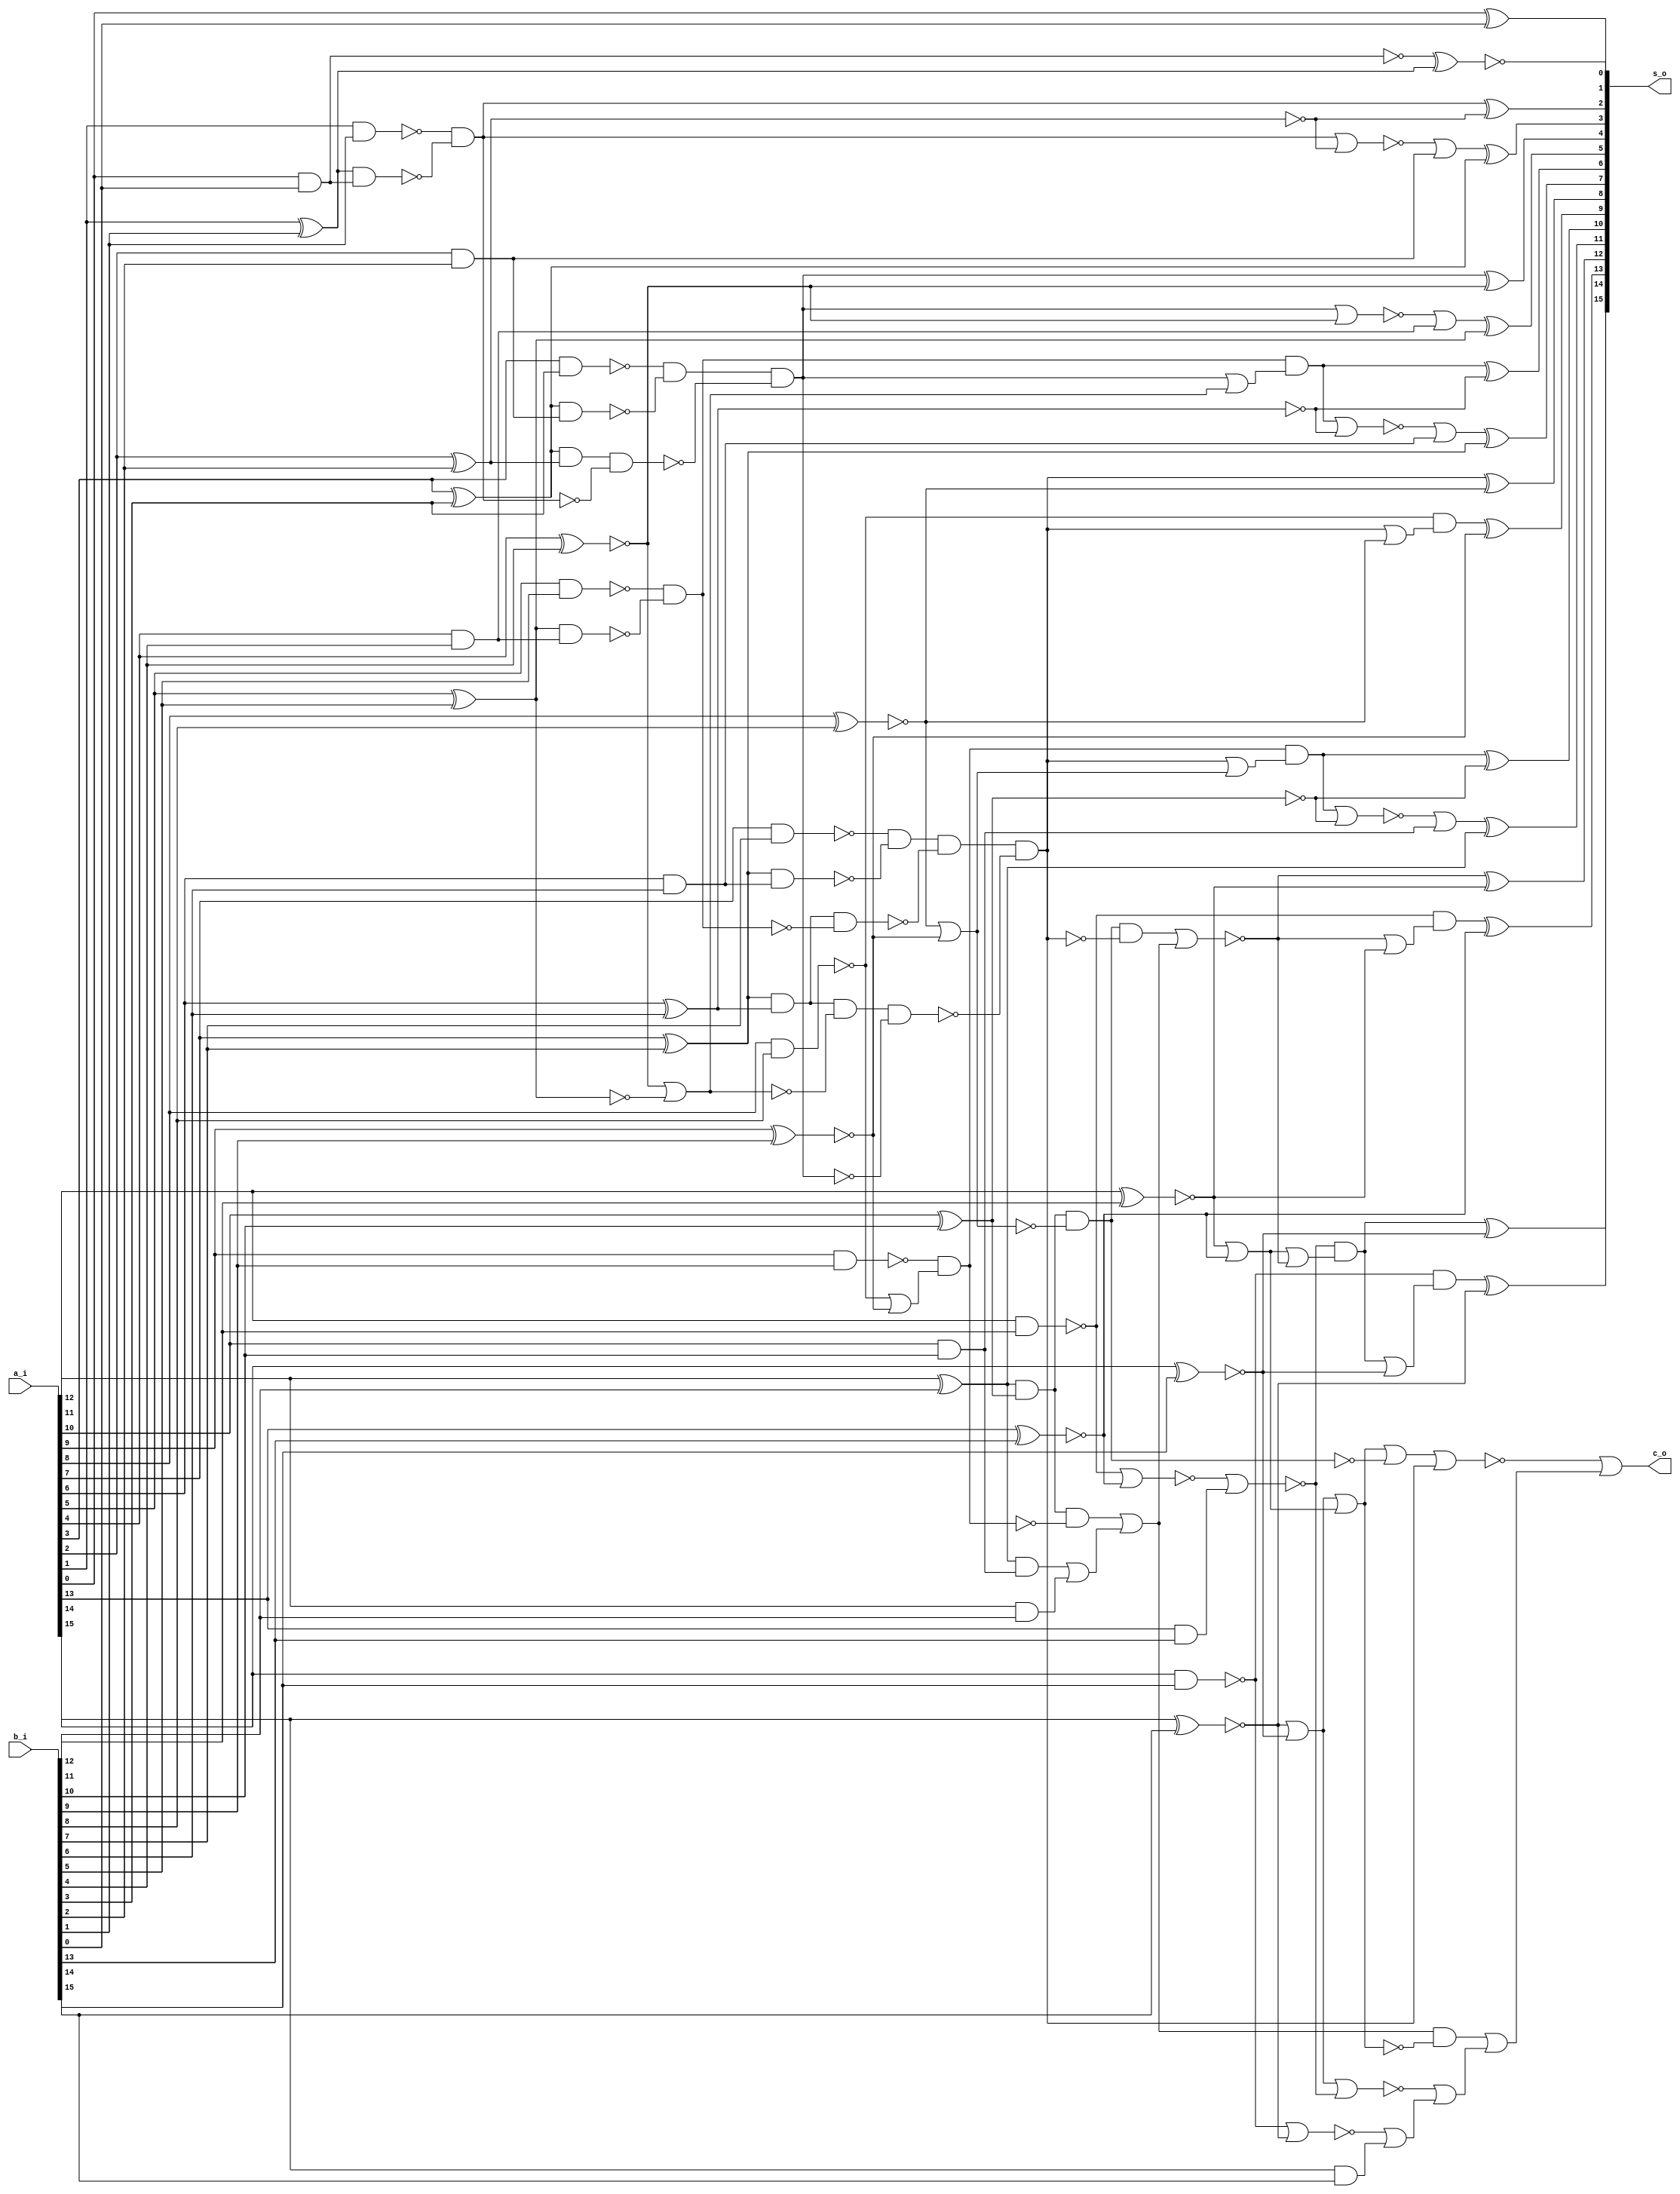
// This program was cloned from: https://github.com/chipsalliance/synlig
// License: Apache License 2.0

/* Generated by Yosys 0.27+9 (git sha1 101d19bb6, gcc 11.2.0-7ubuntu2 -fPIC -Os) */

(* top =  1  *)

module bsg_adder_ripple_carry(a_i, b_i, s_o, c_o);
  wire _000_;
  wire _001_;
  wire _002_;
  wire _003_;
  wire _004_;
  wire _005_;
  wire _006_;
  wire _007_;
  wire _008_;
  wire _009_;
  wire _010_;
  wire _011_;
  wire _012_;
  wire _013_;
  wire _014_;
  wire _015_;
  wire _016_;
  wire _017_;
  wire _018_;
  wire _019_;
  wire _020_;
  wire _021_;
  wire _022_;
  wire _023_;
  wire _024_;
  wire _025_;
  wire _026_;
  wire _027_;
  wire _028_;
  wire _029_;
  wire _030_;
  wire _031_;
  wire _032_;
  wire _033_;
  wire _034_;
  wire _035_;
  wire _036_;
  wire _037_;
  wire _038_;
  wire _039_;
  wire _040_;
  wire _041_;
  wire _042_;
  wire _043_;
  wire _044_;
  wire _045_;
  wire _046_;
  wire _047_;
  wire _048_;
  wire _049_;
  wire _050_;
  wire _051_;
  wire _052_;
  wire _053_;
  wire _054_;
  wire _055_;
  wire _056_;
  wire _057_;
  wire _058_;
  wire _059_;
  wire _060_;
  wire _061_;
  wire _062_;
  wire _063_;
  wire _064_;
  wire _065_;
  wire _066_;
  wire _067_;
  wire _068_;
  wire _069_;
  wire _070_;
  wire _071_;
  wire _072_;
  wire _073_;
  wire _074_;
  wire _075_;
  wire _076_;
  wire _077_;
  wire _078_;
  wire _079_;
  wire _080_;
  wire _081_;
  wire _082_;
  wire _083_;
  wire _084_;
  wire _085_;
  wire _086_;
  wire _087_;
  wire _088_;
  wire _089_;
  wire _090_;
  wire _091_;
  wire _092_;
  
  input [15:0] a_i;
  wire [15:0] a_i;
  
  input [15:0] b_i;
  wire [15:0] b_i;
  
  output c_o;
  wire c_o;
  
  output [15:0] s_o;
  wire [15:0] s_o;
  assign _043_ = ~(a_i[13] ^ b_i[13]);
  assign _044_ = ~(a_i[12] & b_i[12]);
  assign _045_ = ~(a_i[12] ^ b_i[12]);
  assign _046_ = a_i[11] & b_i[11];
  assign _047_ = a_i[11] ^ b_i[11];
  assign _048_ = ~(a_i[10] & b_i[10]);
  assign _049_ = _047_ & ~(_048_);
  assign _050_ = _049_ | _046_;
  assign _051_ = ~(a_i[10] ^ b_i[10]);
  assign _052_ = _047_ & ~(_051_);
  assign _053_ = ~(a_i[9] & b_i[9]);
  assign _054_ = ~(a_i[9] ^ b_i[9]);
  assign _055_ = ~(a_i[8] & b_i[8]);
  assign _056_ = ~(_055_ | _054_);
  assign _057_ = _053_ & ~(_056_);
  assign _058_ = _052_ & ~(_057_);
  assign _059_ = _058_ | _050_;
  assign _060_ = ~(a_i[8] ^ b_i[8]);
  assign _061_ = _060_ | _054_;
  assign _062_ = _052_ & ~(_061_);
  assign _063_ = ~(a_i[7] & b_i[7]);
  assign _064_ = a_i[7] ^ b_i[7];
  assign _065_ = ~(a_i[6] & b_i[6]);
  assign _066_ = _064_ & ~(_065_);
  assign _067_ = _063_ & ~(_066_);
  assign _068_ = ~(a_i[6] ^ b_i[6]);
  assign _069_ = _064_ & ~(_068_);
  assign _070_ = ~(a_i[5] & b_i[5]);
  assign _071_ = a_i[5] ^ b_i[5];
  assign _072_ = ~(a_i[4] & b_i[4]);
  assign _073_ = _071_ & ~(_072_);
  assign _074_ = _070_ & ~(_073_);
  assign _075_ = _069_ & ~(_074_);
  assign _076_ = _067_ & ~(_075_);
  assign _077_ = ~(a_i[4] ^ b_i[4]);
  assign _078_ = _077_ | ~(_071_);
  assign _079_ = _069_ & ~(_078_);
  assign _080_ = ~(a_i[3] & b_i[3]);
  assign _081_ = a_i[3] ^ b_i[3];
  assign _082_ = ~(a_i[2] & b_i[2]);
  assign _083_ = _081_ & ~(_082_);
  assign _084_ = _080_ & ~(_083_);
  assign _085_ = ~(a_i[2] ^ b_i[2]);
  assign _086_ = _081_ & ~(_085_);
  assign _087_ = ~(a_i[1] & b_i[1]);
  assign _088_ = a_i[1] ^ b_i[1];
  assign _089_ = ~(a_i[0] & b_i[0]);
  assign _090_ = _088_ & ~(_089_);
  assign _091_ = _087_ & ~(_090_);
  assign _092_ = _086_ & ~(_091_);
  assign _000_ = _084_ & ~(_092_);
  assign _001_ = _079_ & ~(_000_);
  assign _002_ = _076_ & ~(_001_);
  assign _003_ = _062_ & ~(_002_);
  assign _004_ = ~(_003_ | _059_);
  assign _005_ = ~(_004_ | _045_);
  assign _006_ = _044_ & ~(_005_);
  assign s_o[13] = _006_ ^ _043_;
  assign _007_ = ~(a_i[14] ^ b_i[14]);
  assign _008_ = a_i[13] & b_i[13];
  assign _009_ = ~(_044_ | _043_);
  assign _010_ = ~(_009_ | _008_);
  assign _011_ = _045_ | _043_;
  assign _012_ = ~(_011_ | _004_);
  assign _013_ = _010_ & ~(_012_);
  assign s_o[14] = _013_ ^ _007_;
  assign _014_ = ~(a_i[15] ^ b_i[15]);
  assign _015_ = ~(a_i[14] & b_i[14]);
  assign _016_ = ~(_013_ | _007_);
  assign _017_ = _015_ & ~(_016_);
  assign s_o[15] = _017_ ^ _014_;
  assign s_o[0] = a_i[0] ^ b_i[0];
  assign _018_ = a_i[15] & b_i[15];
  assign _019_ = ~(_015_ | _014_);
  assign _020_ = _019_ | _018_;
  assign _021_ = _014_ | _007_;
  assign _022_ = ~(_021_ | _010_);
  assign _023_ = _022_ | _020_;
  assign _024_ = _021_ | _011_;
  assign _025_ = _059_ & ~(_024_);
  assign _026_ = _025_ | _023_;
  assign _027_ = _024_ | ~(_062_);
  assign _028_ = ~(_027_ | _002_);
  assign c_o = _028_ | _026_;
  assign s_o[1] = ~(_089_ ^ _088_);
  assign s_o[2] = _091_ ^ _085_;
  assign _029_ = ~(_091_ | _085_);
  assign _030_ = _029_ | ~(_082_);
  assign s_o[3] = _030_ ^ _081_;
  assign s_o[4] = _000_ ^ _077_;
  assign _031_ = ~(_000_ | _077_);
  assign _032_ = _031_ | ~(_072_);
  assign s_o[5] = _032_ ^ _071_;
  assign _033_ = ~(_000_ | _078_);
  assign _034_ = _074_ & ~(_033_);
  assign s_o[6] = _034_ ^ _068_;
  assign _035_ = ~(_034_ | _068_);
  assign _036_ = _035_ | ~(_065_);
  assign s_o[7] = _036_ ^ _064_;
  assign s_o[8] = _002_ ^ _060_;
  assign _037_ = ~(_002_ | _060_);
  assign _038_ = _055_ & ~(_037_);
  assign s_o[9] = _038_ ^ _054_;
  assign _039_ = ~(_002_ | _061_);
  assign _040_ = _057_ & ~(_039_);
  assign s_o[10] = _040_ ^ _051_;
  assign _041_ = ~(_040_ | _051_);
  assign _042_ = _041_ | ~(_048_);
  assign s_o[11] = _042_ ^ _047_;
  assign s_o[12] = _004_ ^ _045_;
endmodule